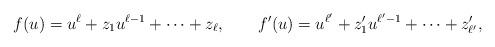
LaTeX: \begin{align*}f(u) &= u^\ell + z_1 u^{\ell-1}+\cdots + z_\ell,&f'(u) &= u^{\ell'} + z_1' u^{\ell'-1}+\cdots + z_{\ell'}',\end{align*}